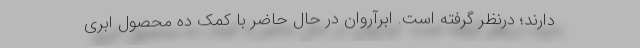
دارند؛ درنظر گرفته است. ابرآروان در حال حاضر با کمک ده محصول ابری